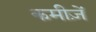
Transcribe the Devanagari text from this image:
कमीज़ें